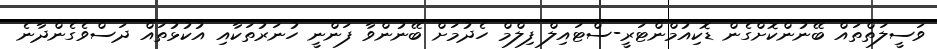
ވަސީލަތްތައް ބޭނުންކޮށްގެން ޑޮކިއުމްންޓަރީ-ސްޓައިލް ފިލްމް ހެދުމަށް ބޭނުންވާ ފަންނީ ހުނަރުތަކާއި އުކުޅުތައް ދަސްވެގެންދާނެ